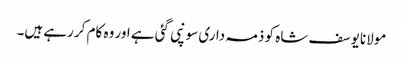
مولانا یوسف شاہ کو ذمہ داری سونپی گئی ہے اور وہ کام کر رہے ہیں۔